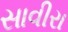
સાવીરા